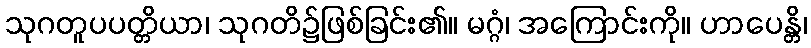
သုဂတူပပတ္တိယာ၊ သုဂတိ၌ဖြစ်ခြင်း၏။ မဂ္ဂံ၊ အကြောင်းကို။ ဟာပေန္တိ၊